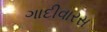
ગાદીવારસ